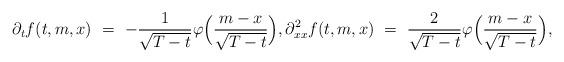
LaTeX: \begin{align*}\partial_t f(t,m,x) \ = \ - \frac{1}{\sqrt{T-t}} \varphi\Big(\frac{m-x}{\sqrt{T-t}}\Big), \partial_{xx}^2 f(t,m,x) \ = \ \frac{2}{\sqrt{T-t}} \varphi\Big(\frac{m-x}{\sqrt{T-t}}\Big),\end{align*}